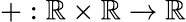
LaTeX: +:\mathbb{R}\times\mathbb{R}\to\mathbb{R}